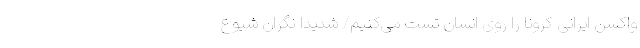
‌‌‌واکسن ایرانی کرونا را روی انسان تست می‌کنیم/ شدیداً نگران شیوع